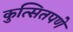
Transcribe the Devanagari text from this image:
कुत्सितपणे